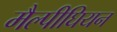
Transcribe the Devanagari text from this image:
मैल्पीघियन